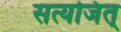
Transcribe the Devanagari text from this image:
सत्यजित्‌